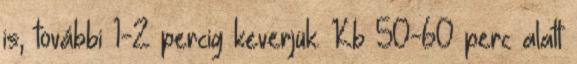
is, további 1-2 percig keverjük. Kb 50-60 perc alatt